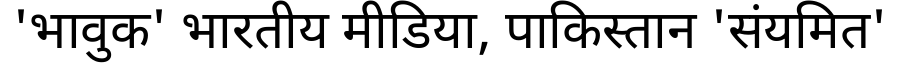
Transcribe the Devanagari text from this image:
'भावुक' भारतीय मीडिया, पाकिस्तान 'संयमित'